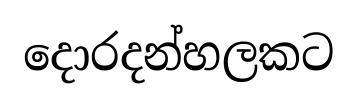
දොරදන්හලකට